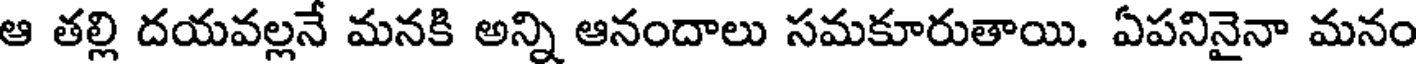
ఆ తల్లి దయవల్లనే మనకి అన్ని ఆనందాలు సమకూరుతాయి. ఏపనినైనా మనం